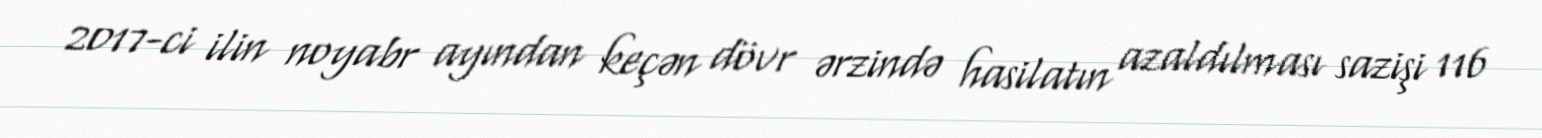
2017-ci ilin noyabr ayından keçən dövr ərzində hasilatın azaldılması sazişi 116